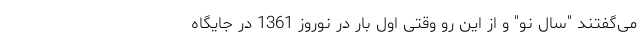
می‌گفتند "سال نو" و از این رو وقتی اول بار در نوروز 1361 در جایگاه